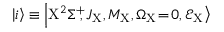
\left| i \right> \equiv \left| \mathrm { X } ^ { 2 } \Sigma ^ { + } \! \! , J _ { \mathrm { X } } , M _ { \mathrm { X } } , \Omega _ { \mathrm { X } } \! = \! 0 , \mathcal { E } _ { \mathrm { X } } \right>